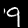
Label: 9